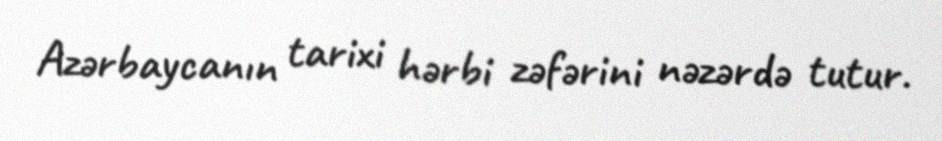
Azərbaycanın tarixi hərbi zəfərini nəzərdə tutur.